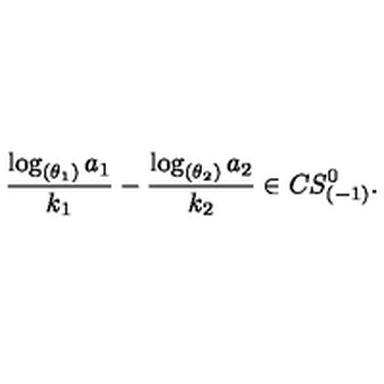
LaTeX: { \frac { \log _ { ( \theta _ { 1 } ) } a _ { 1 } } { k _ { 1 } } } - { \frac { \log _ { ( \theta _ { 2 } ) } a _ { 2 } } { k _ { 2 } } } \in C S _ { ( - 1 ) } ^ { 0 } .